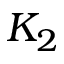
K _ { 2 }